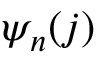
\psi _ { n } ( j )